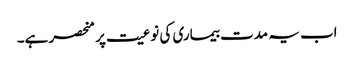
اب یہ مدت بیماری کی نوعیت پر منحصر ہے۔